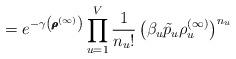
LaTeX: \begin{align*}&= e^{- \gamma\left( \pmb{\rho}^{(\infty)} \right)} \prod_{u = 1}^V \frac{1}{n_u!} \left(\beta_u \tilde{p}_u \rho_u^{(\infty)} \right)^{n_u }\end{align*}